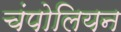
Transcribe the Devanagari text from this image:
चंपोलियन